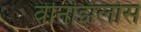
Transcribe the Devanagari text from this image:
वेनिझिलोस